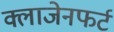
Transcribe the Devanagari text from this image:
क्लाजेनफर्ट